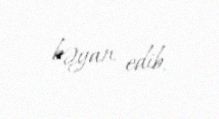
bəyan edib.